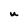
Character: U